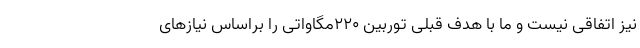
نیز اتفاقی نیست و ما با هدف قبلی توربین ۲۲۰مگاواتی را براساس نیازهای